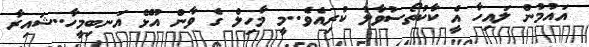
އައުމުން ލައިހާ އެީ ކާކުތޯސުވާލު ކުރިއެވެ..މީ މާހިލް ގެ ވާން އުޅޭ އަނބިމީހާ..ޝައިރާ